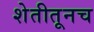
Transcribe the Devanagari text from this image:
शेतीतूनच